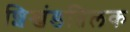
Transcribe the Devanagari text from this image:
शिखंडतिलक